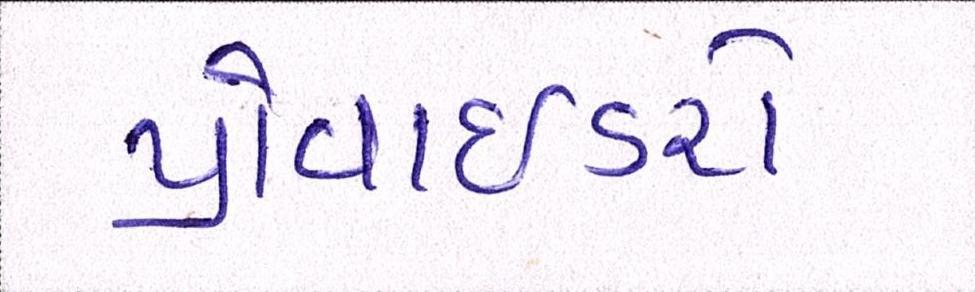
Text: પ્રોવાઈડરો